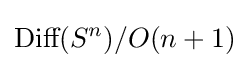
{\text{Diff}}(S^{n})/O(n+1)